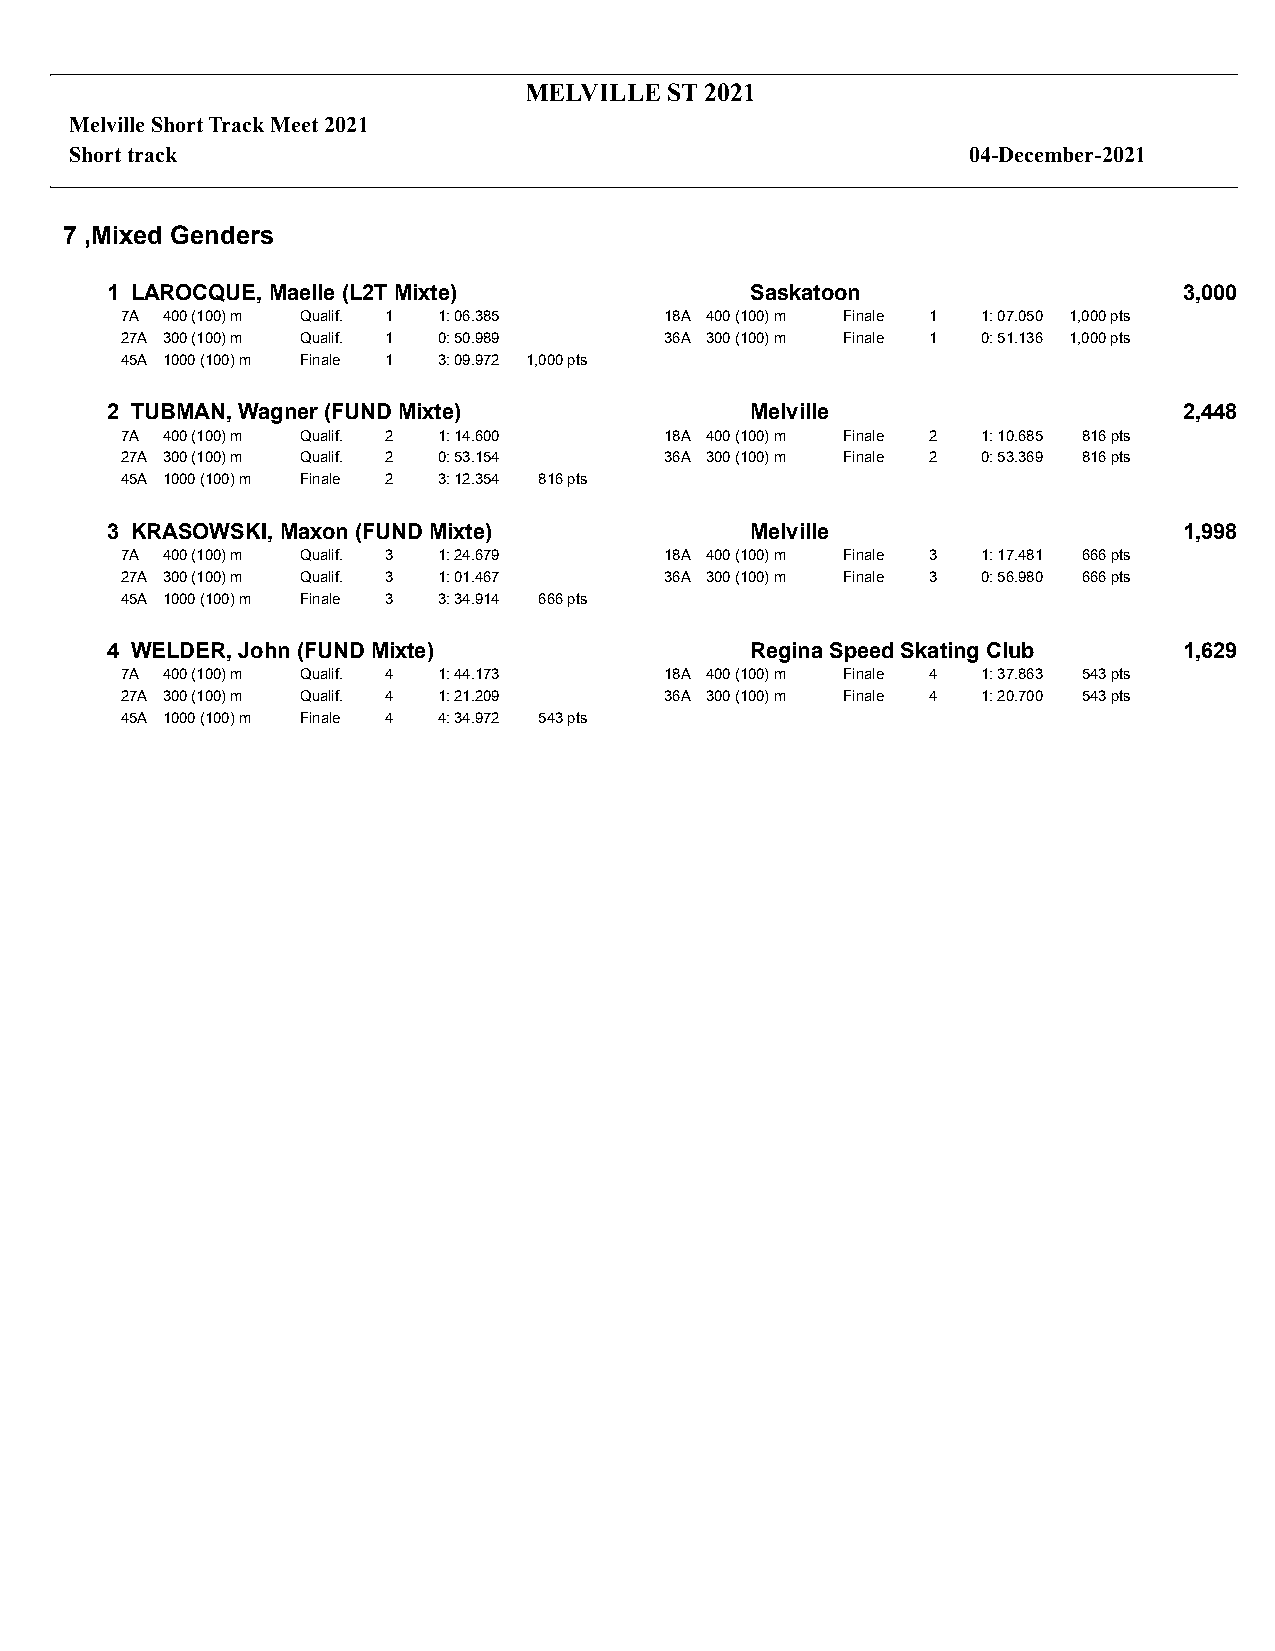
MELVILLE ST 2021
 Melville Short Track Meet 2021
 Short track                                                04-December-2021
 7 ,Mixed Genders
 1 LAROCQUE, Maelle (L2T Mixte)             Saskatoon                   3,000
 7A 400 (100) m Qualif. 1 1: 06.385  18A 400 (100) m Finale 1 1: 07.050 1,000 pts
 27A 300 (100) m Qualif. 1 0: 50.989 36A 300 (100) m Finale 1 0: 51.136 1,000 pts
 45A 1000 (100) m Finale 1 3: 09.972 1,000 pts
 2 TUBMAN, Wagner (FUND Mixte)              Melville                    2,448
 7A 400 (100) m Qualif. 2 1: 14.600  18A 400 (100) m Finale 2 1: 10.685 816 pts
 27A 300 (100) m Qualif. 2 0: 53.154 36A 300 (100) m Finale 2 0: 53.369 816 pts
 45A 1000 (100) m Finale 2 3: 12.354 816 pts
 3 KRASOWSKI, Maxon (FUND Mixte)            Melville                    1,998
 7A 400 (100) m Qualif. 3 1: 24.679  18A 400 (100) m Finale 3 1: 17.481 666 pts
 27A 300 (100) m Qualif. 3 1: 01.467 36A 300 (100) m Finale 3 0: 56.980 666 pts
 45A 1000 (100) m Finale 3 3: 34.914 666 pts
 4 WELDER, John (FUND Mixte)                Regina Speed Skating Club   1,629
 7A 400 (100) m Qualif. 4 1: 44.173  18A 400 (100) m Finale 4 1: 37.863 543 pts
 27A 300 (100) m Qualif. 4 1: 21.209 36A 300 (100) m Finale 4 1: 20.700 543 pts
 45A 1000 (100) m Finale 4 4: 34.972 543 pts